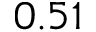
0 . 5 1